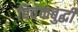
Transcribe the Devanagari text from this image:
विवेकबुद्धी